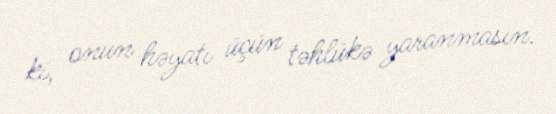
ki, onun həyatı üçün təhlükə yaranmasın.